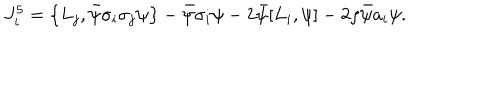
J _ { i } ^ { 5 } = \left\{ L _ { j } , \bar { \psi } \sigma _ { i } \sigma _ { j } \psi \right\} - \bar { \psi } \sigma _ { i } \psi - 2 \bar { \psi } [ L _ { i } , \psi ] - 2 \rho \bar { \psi } a _ { i } \psi .